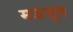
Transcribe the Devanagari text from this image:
मऊसूत